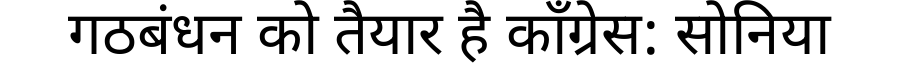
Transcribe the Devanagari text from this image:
गठबंधन को तैयार है काँग्रेस: सोनिया